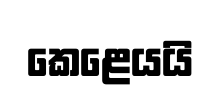
කෙළෙයයි